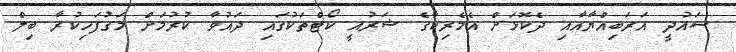
ސައުދީ އަރަބިއްޔާއާއި ދެކޮޅަށް އެމެރިކާގެ ޝަރުއީ ކޯޓްތަކުގައި ދައުވާ ކުރުމަށް މަގުފަހިކުރާ ބިލް